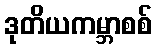
ဒုတိယကမ္ဘာစစ်